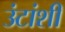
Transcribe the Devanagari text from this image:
उंटांशी